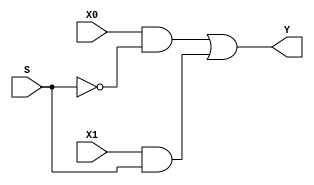
`timescale 1ns / 1ps

module mux_b1_s2 (
    input wire X0,
    input wire X1,
    input wire S,
    output wire Y
    );
    
    assign Y = (X0 & ~S) | (X1 & S);

endmodule